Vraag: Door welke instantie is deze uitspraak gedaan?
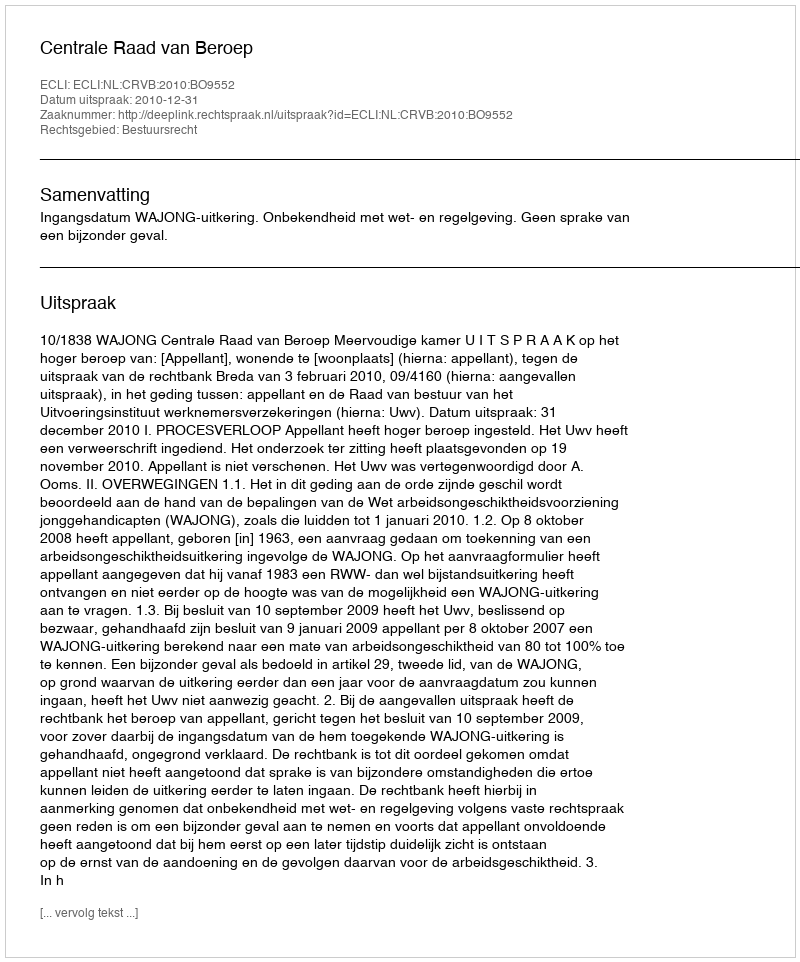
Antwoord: Centrale Raad van Beroep